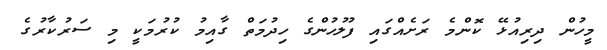
މީހުން ދިރިއުޅޭ ކޮންމެ ރަށެއްގައި ފުލުހުންގެ ހިދުމަތް ގާއިމު ކުރުމަކީ މި ސަރުކާރުގެ